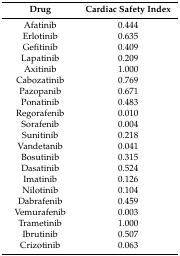
<table><thead><tr><td><b>Drug</b></td><td><b>Cardiac Safety Index</b></td></tr></thead><tbody><tr><td>Afatinib</td><td>0.444</td></tr><tr><td>Erlotinib</td><td>0.635</td></tr><tr><td>Gefitinib</td><td>0.409</td></tr><tr><td>Lapatinib</td><td>0.209</td></tr><tr><td>Axitinib</td><td>1.000</td></tr><tr><td>Cabozatinib</td><td>0.769</td></tr><tr><td>Pazopanib</td><td>0.671</td></tr><tr><td>Ponatinib</td><td>0.483</td></tr><tr><td>Regorafenib</td><td>0.010</td></tr><tr><td>Sorafenib</td><td>0.004</td></tr><tr><td>Sunitinib</td><td>0.218</td></tr><tr><td>Vandetanib</td><td>0.041</td></tr><tr><td>Bosutinib</td><td>0.315</td></tr><tr><td>Dasatinib</td><td>0.524</td></tr><tr><td>Imatinib</td><td>0.126</td></tr><tr><td>Nilotinib</td><td>0.104</td></tr><tr><td>Dabrafenib</td><td>0.459</td></tr><tr><td>Vemurafenib</td><td>0.003</td></tr><tr><td>Trametinib</td><td>1.000</td></tr><tr><td>Ibrutinib</td><td>0.507</td></tr><tr><td>Crizotinib</td><td>0.063</td></tr></tbody></table>